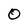
Character: O